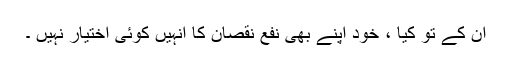
ان کے تو کیا ، خود اپنے بھی نفع نقصان کا انہیں کوئی اختیار نہیں ۔